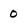
Character: 0